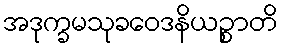
အဒုက္ခမသုခဝေဒနိယဉ္စာတိ